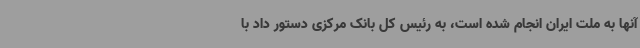
آنها به ملت ایران انجام شده است، به رئیس کل بانک مرکزی دستور داد با